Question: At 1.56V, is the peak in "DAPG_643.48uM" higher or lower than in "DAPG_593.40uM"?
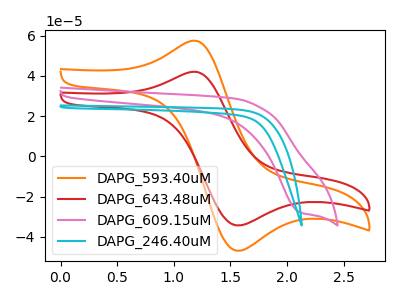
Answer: <think>The orange curve "DAPG_593.40uM" has an anodic peak at (1.15V, 57.35uA) and a cathodic peak at (1.55V, -46.85uA). The red curve "DAPG_643.48uM" has an anodic peak at (1.15V, 41.95uA) and a cathodic peak at (1.55V, -34.25uA). The pink curve "DAPG_609.15uM" has a cathodic peak at: (2.10V, -27.90uA). The cyan curve "DAPG_246.40uM" has no peaks.</think>
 <answer>The peak at 1.56V is lower in "DAPG_643.48uM" than in "DAPG_593.40uM".</answer>
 <eval>lower</eval>